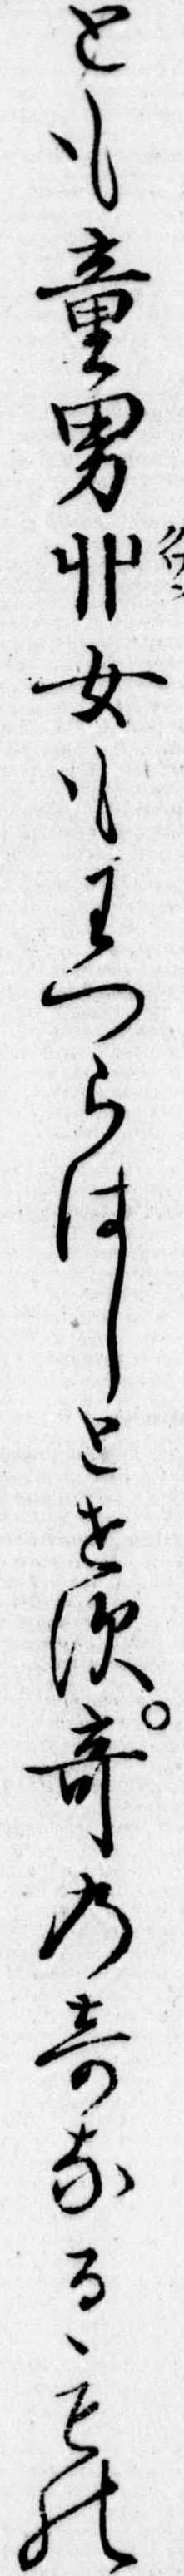
とも童男丱女もわつらはしとせす奇の奇なるもの